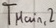
Text: TMain,2